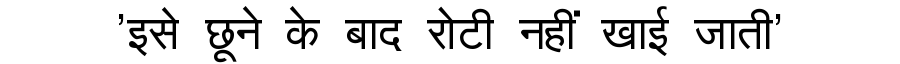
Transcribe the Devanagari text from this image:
'इसे छूने के बाद रोटी नहीं खाई जाती'